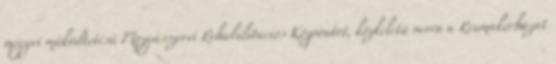
megyei működtetésű Mozgásszervi Rehabilitációs Központot, közkeletű nevén a Reumakórházat